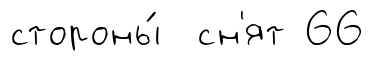
стороны́ сн'ят 66